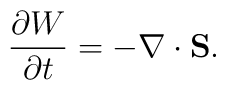
\frac{\partial W}{\partial t}=-\nabla\cdot{\bf S}.